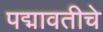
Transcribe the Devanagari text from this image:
पद्मावतीचे